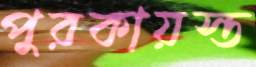
পুরকায়স্ত